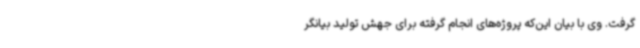
گرفت. وی با بیان این‌که پروژه‌های انجام گرفته برای جهش تولید بیانگر